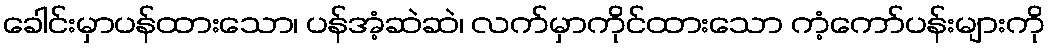
ခေါင်းမှာပန်ထားသော၊ ပန်အံ့ဆဲဆဲ၊ လက်မှာကိုင်ထားသော ကံ့ကော်ပန်းများကို